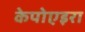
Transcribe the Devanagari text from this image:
केपोएइरा